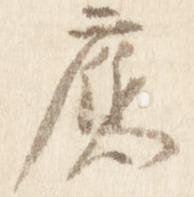
応